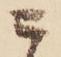
ニ